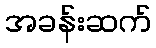
အခန်းဆက်